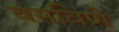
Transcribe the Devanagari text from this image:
वसविणे